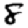
Digit: 8